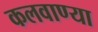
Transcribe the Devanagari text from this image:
कलवाण्या